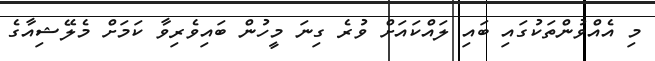
މި އެއްވުންތަކުގައި ބައި ލައްކައަށް ވުރެ ގިނަ މީހުން ބައިވެރިވާ ކަމަށް މެލޭޝިއާގެ